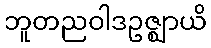
ဘူတညဝါဒဥဇ္ဈာယိ